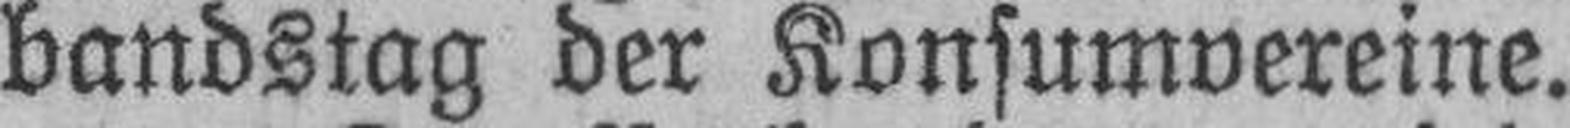
bandstag der Konsumvereine.